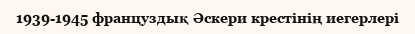
1939-1945 француздық Әскери крестінің иегерлері